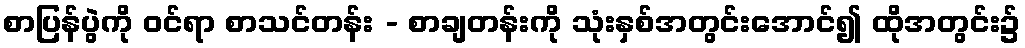
စာပြန်ပွဲကို ဝင်ရာ စာသင်တန်း - စာချတန်းကို သုံးနှစ်အတွင်းအောင်၍ ထိုအတွင်း၌